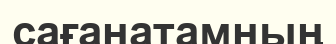
сағанатамның